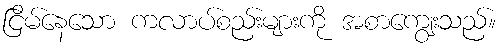
ငြိမ်နေသော ကလာပ်စည်းများကို အစာကျွေးသည်။